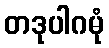
တဒုပါဂမုံ